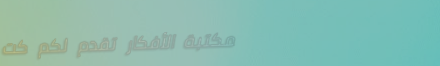
مكتبة الأفكار تقدم لكم كت